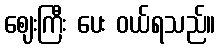
ဈေးကြီး ပေး ဝယ်ရသည်။